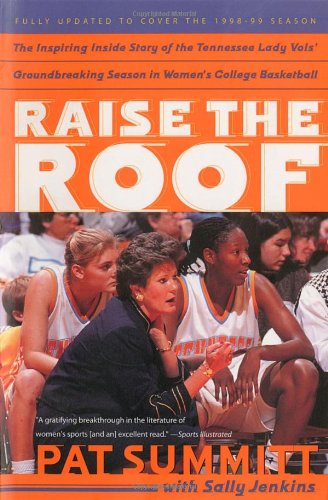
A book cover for Raise the Roof: The Inspiring Inside Story of the Tennessee Lady Vols' Historic 1997-1998 Threepeat Season; Pat Summitt; Sports & Outdoors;